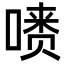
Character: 𪡺